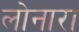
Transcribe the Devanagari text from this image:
लोनारा